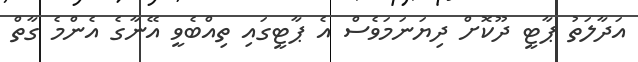
އަދާލަތު ޕާޓީ ދޫކޮށް ދިޔަނަމަވެސް އެ ޕާޓީގައި ތިއްބެވީ އޭނާގެ އެންމެ ގާތް